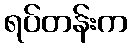
ရပ်တန်းက